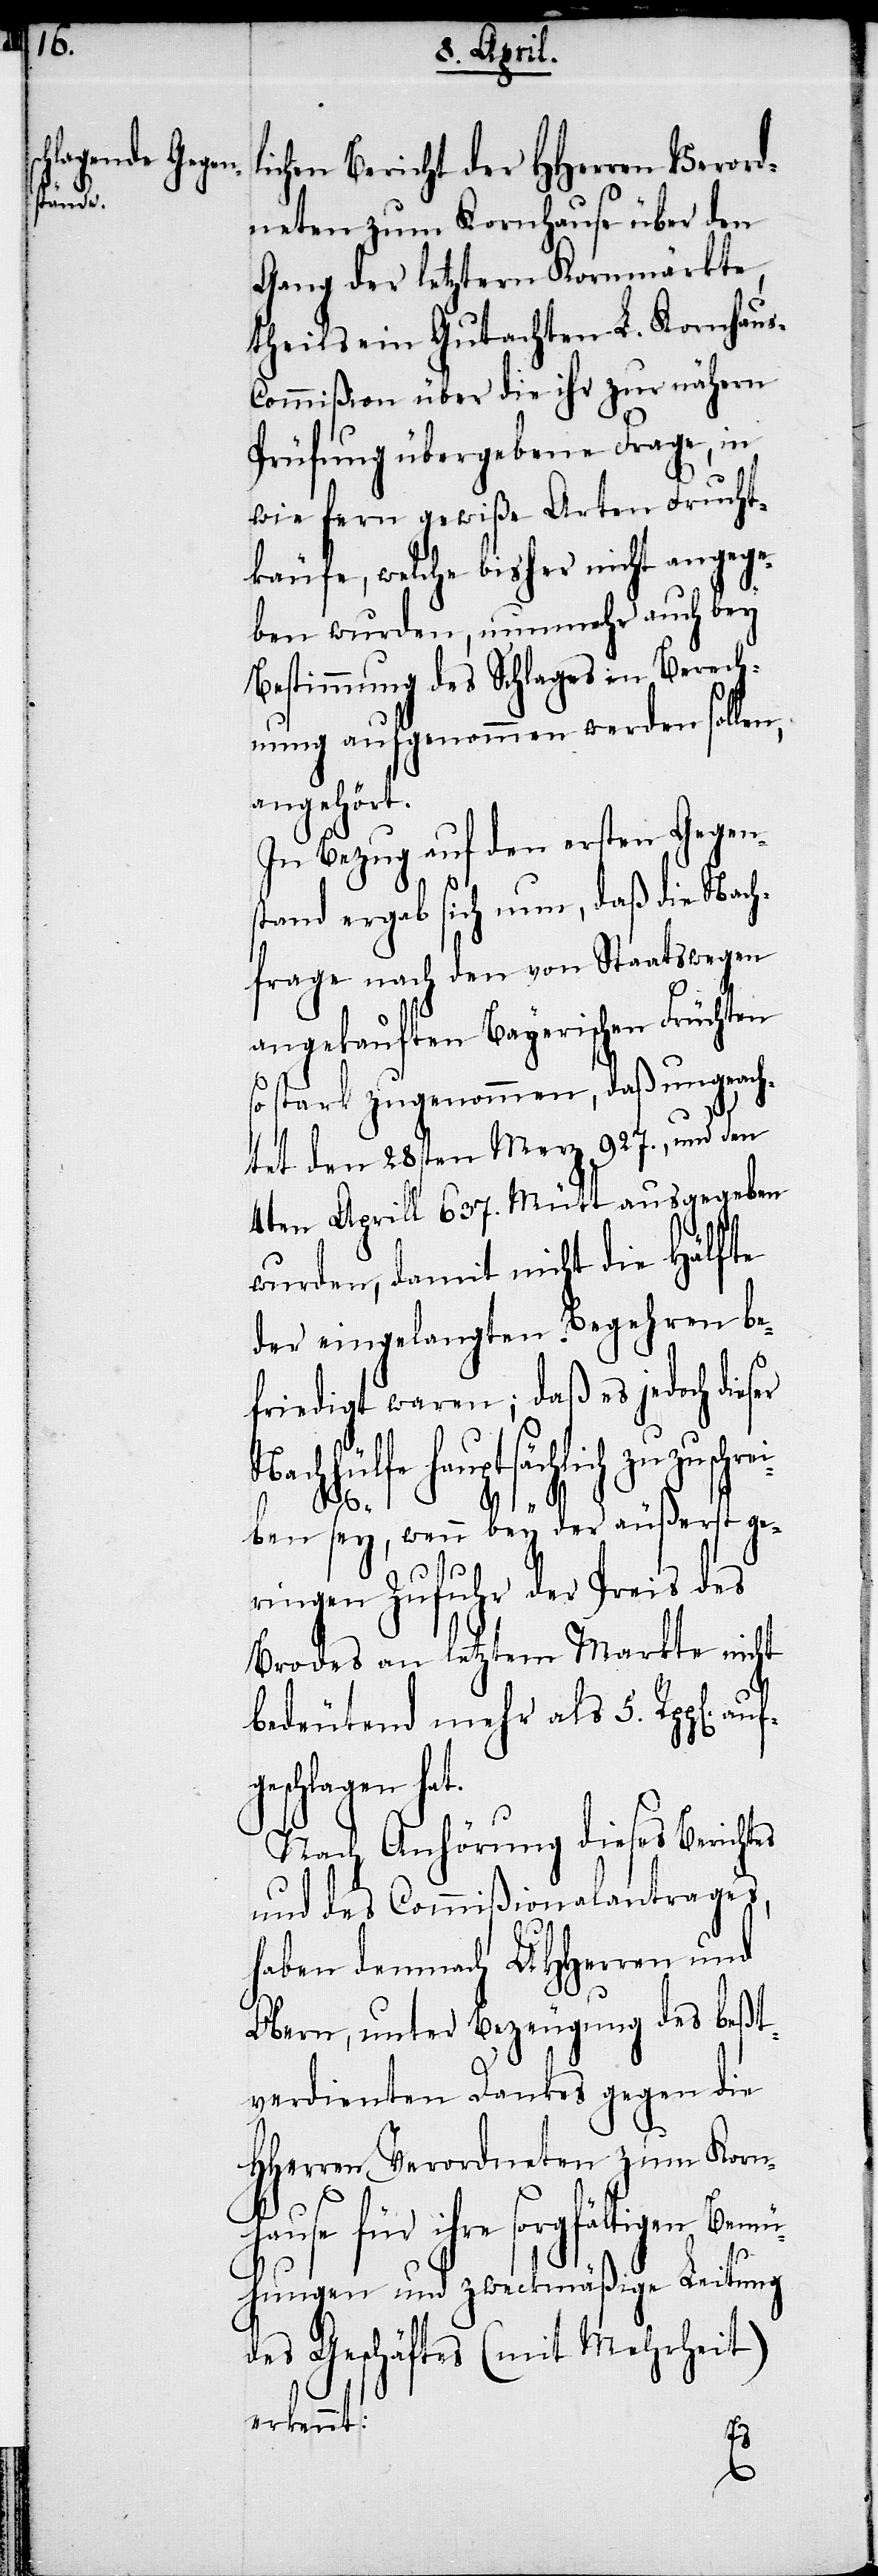
lichen Bericht der HHerren Verord¬
neten zum Kornhause über den
Gang der letztern Kornmärkte,
theils ein Gutachten L. Kornhau¬
ommißion über die ihr zur nähern
Prüfung übergebene Frage, in
wie fern gewiße Arten Frucht¬
käufe, welche bisher nicht angege¬
ben wurden, nunmehr auch bey
Bestimmung des Schlages in Berech¬
nung aufgenommen werden sollen,
angehört.
In Bezug auf den ersten Gegens¬
tand ergab sich nun, daß die Nach¬
frage nach den von Staatswegen
angekauften Bayerischen Früchten
so stark zugenommen, daß ungeach¬
tet den 28sten Merz 927., und den
4ten Aprill 637. Mütt ausgegeben
wurden, damit nicht die Hälfte
der eingelangten Begehren be¬
friedigt waren; daß es jedoch dies¬
Nachhülfe hauptsächlich zuzuschre¬
Bem¬
iben sey, wenn bey der äußerst ge¬
ringen Zufuhr der Preis des
Brodes an letztem Markte nicht
bedeutend mehr als 5. Rpp[en].
geschlagen hat.
Nach Anhörung dieses Berichtes
und des Commißionalantrages,
haben demnach UHHerren und
Obern, unter Bezeugung des beßt¬
verdienten Dankes gegen die
HHerren Verordneten zum Kornh¬
ause für ihre sorgfältigen
ühungen und zweckmäßige Leitung
des Geschäftes (mit Mehrheit)
erkennt: